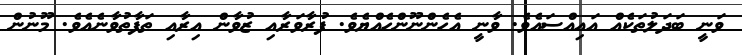
ވަނީ ބަދަލުތަކެއް އައިއްސައެވެ. ވާނީ އެހެންނޫންހެއްޔެވެ. ފުރާވަރާއި ޒުވާން އިރާއި ތަފާތުވާނެއެވެ. މޫނުން